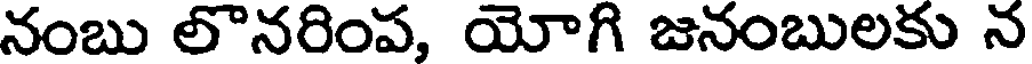
నంబు లొనరింప, యోగి జనంబులకు న